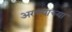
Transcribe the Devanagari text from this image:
अरण्याच्या